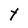
Character: Y